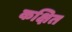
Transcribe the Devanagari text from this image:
कक्षित